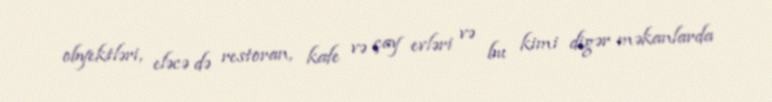
obyektləri, eləcə də restoran, kafe və çay evləri və bu kimi digər məkanlarda